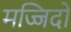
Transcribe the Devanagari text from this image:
मज्जिदों